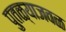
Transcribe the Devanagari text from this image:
पुतळ्याजवळ